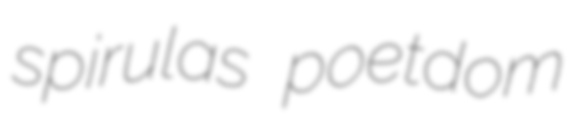
spirulas poetdom